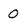
Character: 0